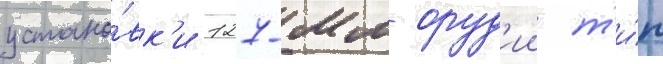
устано́вк'и 127-мм оруд'ии т'и́п